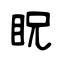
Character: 眖